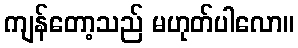
ကျန်တော့သည် မဟုတ်ပါလော။